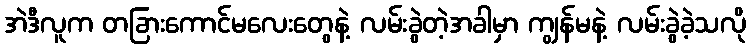
အဲဒီလူက တခြားကောင်မလေးတွေနဲ့ လမ်းခွဲတဲ့အခါမှာ ကျွန်မနဲ့ လမ်းခွဲခဲ့သလို